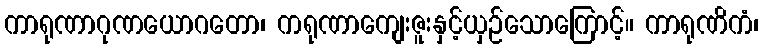
ကာရုဏာဂုဏယောဂတော၊ ကရုဏာကျေးဇူးနှင့်ယှဉ်သောကြောင့်။ ကာရုဏိကံ၊